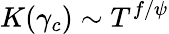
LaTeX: K(\gamma_{c})\sim T^{f/\psi}